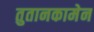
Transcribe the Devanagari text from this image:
तुतानकामेन